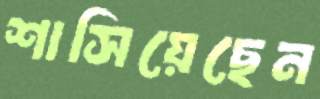
শাসিয়েছেন